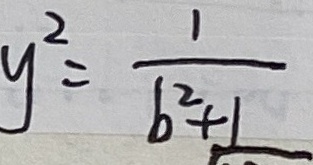
\therefore y ^ { 2 } = \frac { 1 } { b ^ { 2 } + 1 }